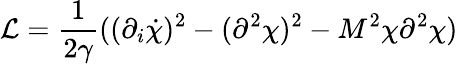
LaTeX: {\cal L}=\frac{1}{2\gamma}((\partial_{i}\dot{\chi})^{2}-(\partial^{2}\chi)^{2}-M^{2}\chi\partial^{2}\chi)